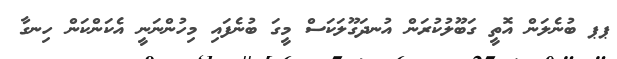
ޕޕ ބުނެލަން އޮތީ ގަބޫލުކުރަން އުނދަގޫލަކަސް މީގަ ބުނެފައި މިހުންނަނީ އެކަންކަން ހިނގާ